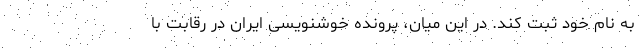
به نام خود ثبت کند. در این میان، پرونده خوشنویسی ایران در رقابت با